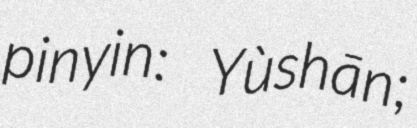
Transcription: pinyin: Yùshān;